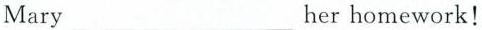
Mary her homework!